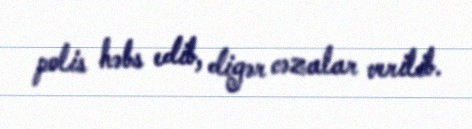
polis həbs edib, digər cəzalar verilib.